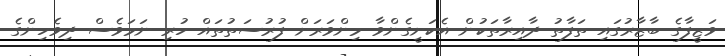
ވަޒީފާގެ ބާޒާރުގައި ތަފާތު ދާއިރާތަކުން އެކަށީގެންވާ މިންވަރަށް ފުރުސަތުތައް ހުރި ނަމަވެސް ދިވެހިންގެ